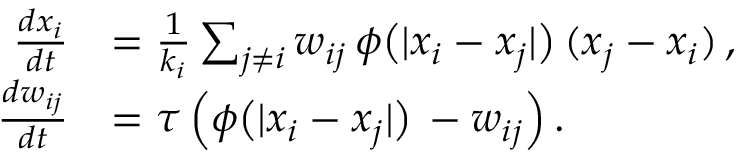
\begin{array} { r l } { \frac { d x _ { i } } { d t } } & { = \frac { 1 } { k _ { i } } \sum _ { j \neq i } w _ { i j } \, \phi \big ( | x _ { i } - x _ { j } | \big ) \, ( x _ { j } - x _ { i } ) \, , } \\ { \frac { d w _ { i j } } { d t } } & { = \tau \, \Big ( \phi \big ( | x _ { i } - x _ { j } | \big ) \, - w _ { i j } \Big ) \, . } \end{array}